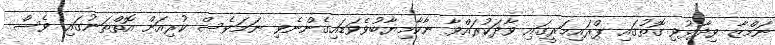
ނަމްޒާ ވިދާޅުވި ގޮތުގައި ޕްރައިމަރީގައި ވާދަކުރައްވާ ނާކާމިޔާބުވެވަޑައިގެންނެވި ނަމަވެސް ކުރިއަށް އޮތްތަނުގައި ވެސް